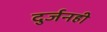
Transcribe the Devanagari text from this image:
दुर्जनही